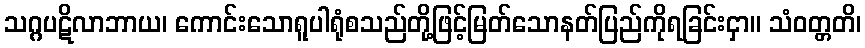
သဂ္ဂပဋိလာဘာယ၊ ကောင်းသောရူပါရုံစသည်တို့ဖြင့်မြတ်သောနတ်ပြည်ကိုရခြင်းငှာ။ သံဝတ္တတိ၊